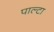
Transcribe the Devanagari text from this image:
पाल्टा